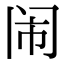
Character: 闹